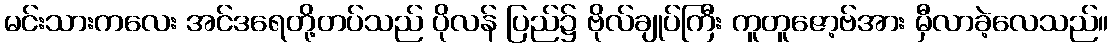
မင်းသားကလေး အင်ဒရေတို့တပ်သည် ပိုလန် ပြည်၌ ဗိုလ်ချုပ်ကြီး ကူတူဇော့ဗ်အား မှီလာခဲ့လေသည်။